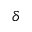
\delta